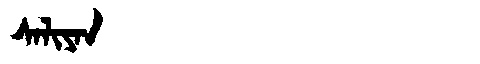
Manchu: ᠰᠠᠯᡳᠶᠠᠨ
Romanization: SALIYAN